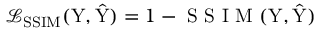
\mathcal { L } _ { \mathrm { S S I M } } ( \mathrm { Y } , \hat { \mathrm { Y } } ) = 1 - \textnormal { S S I M } ( \mathrm { Y } , \hat { \mathrm { Y } } )